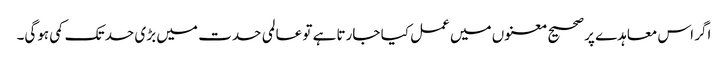
اگر اس معاہدے پر صحیح معنوں میں عمل کیا جارتا ہے تو عالمی حدت میں بڑی حد تک کمی ہوگی۔